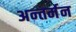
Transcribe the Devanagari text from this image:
अन्‍तर्मन